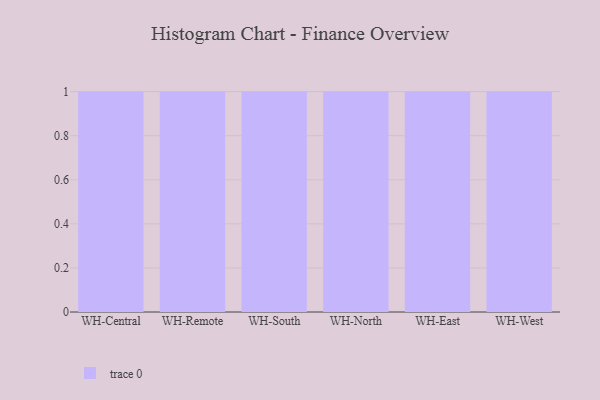
{"axis": {"x": "Warehouse", "y": "Inventory Turnover"}, "legend": [""], "data": [{"x": "WH-Central", "y": 94, "type": ""}, {"x": "WH-Remote", "y": 46, "type": ""}, {"x": "WH-South", "y": 71, "type": ""}, {"x": "WH-North", "y": 22, "type": ""}, {"x": "WH-East", "y": 53, "type": ""}, {"x": "WH-West", "y": 49, "type": ""}]}